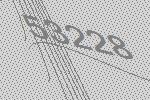
53228